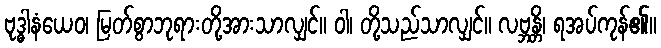
ဗုဒ္ဓါနံယေဝ၊ မြတ်စွာဘုရားတို့အားသာလျှင်။ ဝါ၊ တို့သည်သာလျှင်။ လဗ္ဘန္တိ၊ ရအပ်ကုန်၏။